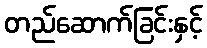
တည်ဆောက်ခြင်းနှင့်